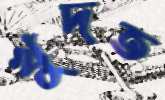
খুদত